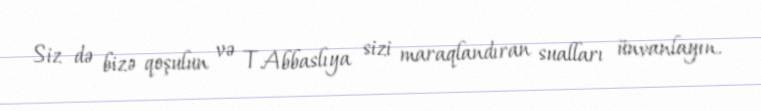
Siz də bizə qoşulun və T.Abbaslıya sizi maraqlandıran sualları ünvanlayın.